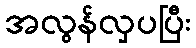
အလွန်လှပပြီး